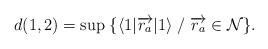
LaTeX: \begin{align*}d(1,2) = \sup \;\{ \langle 1|{\overrightarrow{r_a}}|1\rangle\; /\; {\overrightarrow {r_a}}\in\mathcal{ N}\}.\end{align*}